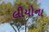
લીયોના